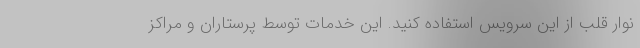
نوار قلب از این سرویس استفاده کنید. این خدمات توسط پرستاران و مراکز